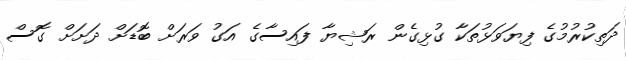
ދަތިކުރުމުގެ ފިޔަވަޅުތަކާ ގުޅިގެން ރަޝިޔާ ފައިސާގެ އަގު ވަރަށް ބޮޑަށް ދަށަށް ގޮސް